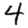
Digit: 4